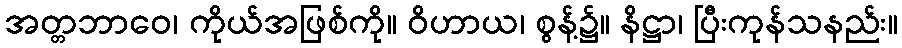
အတ္တဘာဝေ၊ ကိုယ်အဖြစ်ကို။ ဝိဟာယ၊ စွန့်၌။ နိဋ္ဌာ၊ ပြီးကုန်သနည်း။